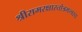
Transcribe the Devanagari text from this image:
श्रीरामरक्षास्तोत्रमन्त्रस्य